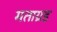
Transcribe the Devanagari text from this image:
मताग्रह